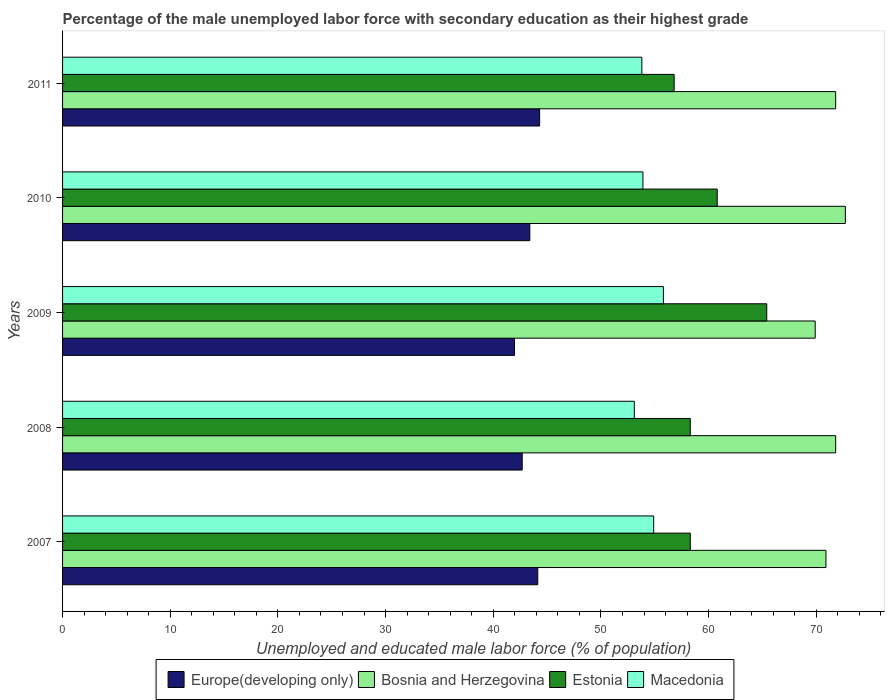
| Years | Europe(developing only) | Bosnia and Herzegovina | Estonia | Macedonia |
 | --- | --- | --- | --- | --- |
 | 2007 | 44.1 | 70.9 | 58.3 | 54.9 |
 | 2008 | 42.7 | 71.8 | 58.3 | 53.1 |
 | 2009 | 42 | 69.9 | 65.4 | 55.8 |
 | 2010 | 43.4 | 72.7 | 60.8 | 53.9 |
 | 2011 | 44.3 | 71.8 | 56.8 | 53.8 |